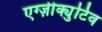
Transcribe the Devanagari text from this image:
एग्ज़ीक्युटिव